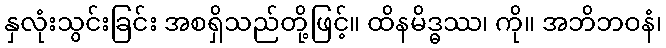
နှလုံးသွင်းခြင်း အစရှိသည်တို့ဖြင့်။ ထိနမိဒ္ဓဿ၊ ကို။ အဘိဘဝနံ၊